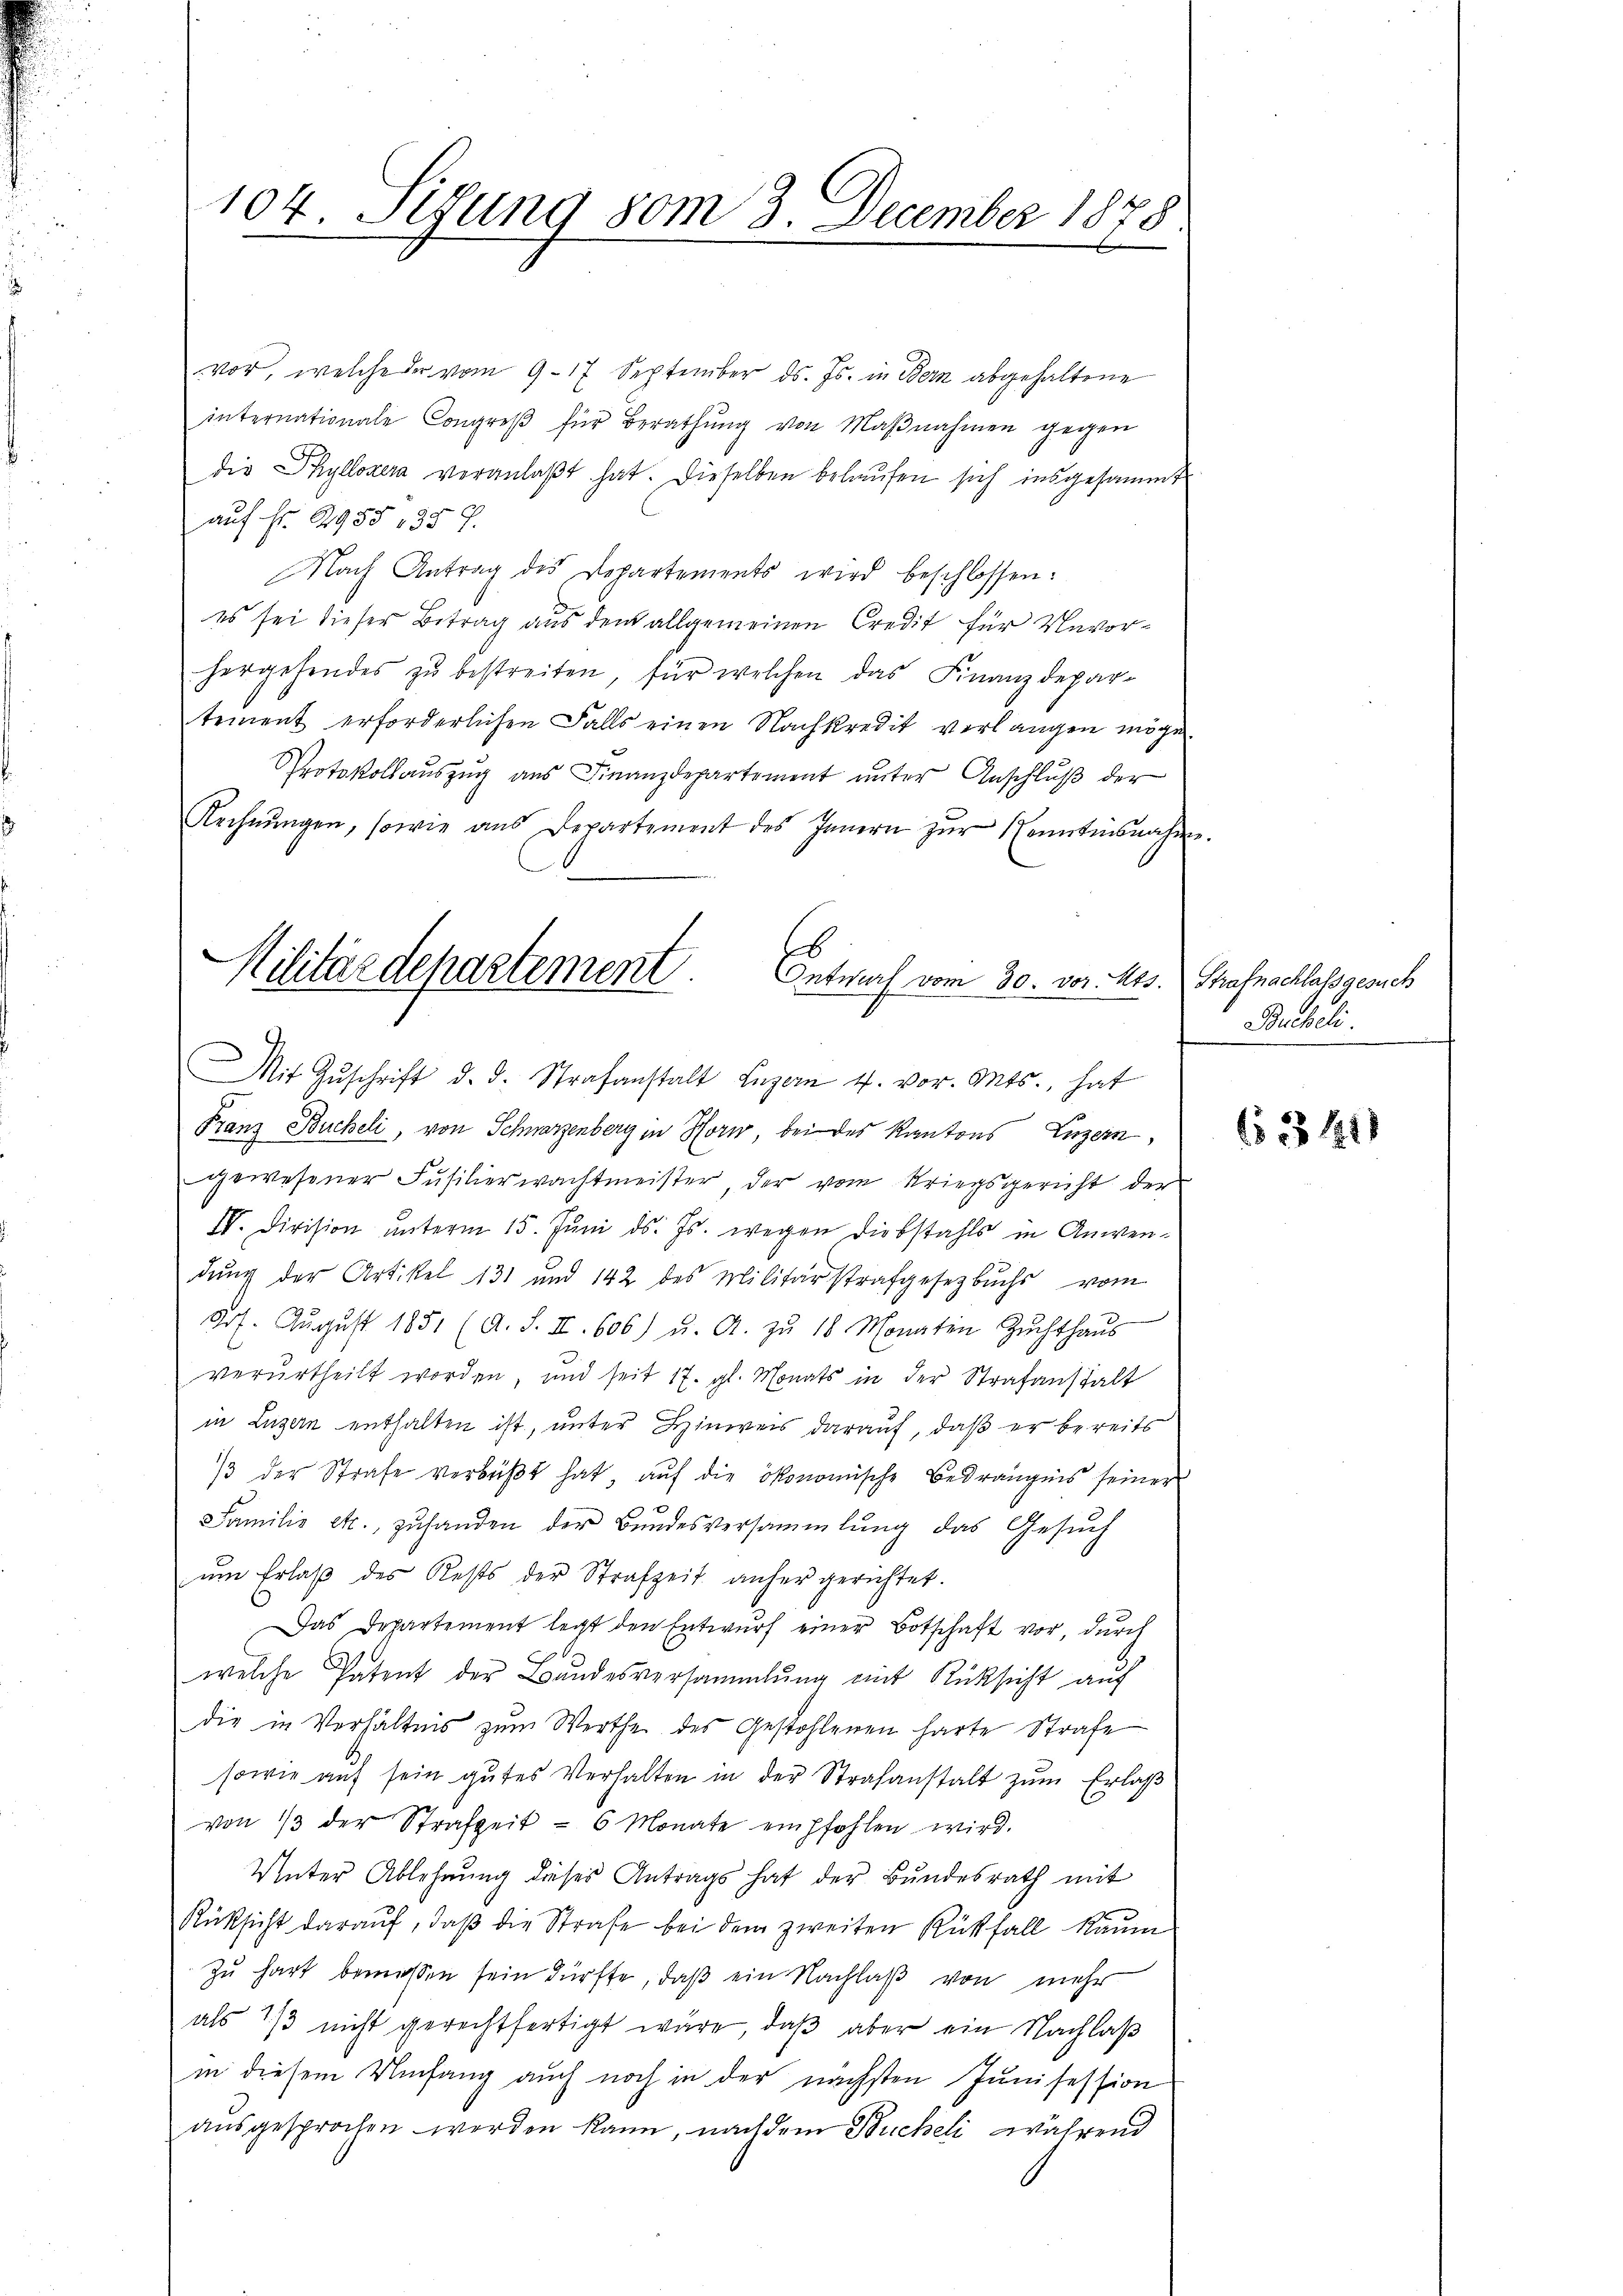
104. Setzung vom 3. December 1878.

vor, welche der vom 9. 17 September ds. Js. in Bern abgehaltene
internationale Congreβ für Berathŭng von Maβnahmen gegen
die Syllozer veranlaßt hat. Dieselben belaufen sich insgesammt
auf Fr. 2955 1 35 f.
Nach Antrag des Departements wird beschlossen:
es sei dieser Betrag aus dem allgemeinen Credit für Unvorhergehendes zŭ bestreiten, für welchen das Finanzdepar-
tement erforderlichen Falls einen Nachkredit verlangen möge.
Protokollauszug aus Finanzdepartement unter Anschluß der
Rechnŭngen, sowie ans Departement des Innern zŭr Kenntnisnahm
Franz Bucheli, von Schwarzenberg in Horw, bei des Kantons Luzern,
gewesener Füsilierwachtmeister, der vom Kriegsgericht der
IV. Division ŭnterm 15. Jŭni d. Js. wegen Diebstahls in Anwendŭng der Artikel 131 und 142 des Militärstrafgesetzbuchs vom
dr. Aŭgŭst 1851 (A. S. II. 606) u. A. zŭ 18 Monaten Zŭchthaŭs
verurtheilt worden, und seit 17. gl. Monats in der Strafanstalt
in Luzern enthalten ist, unter Hinweis darauf, daß er bereits
/3 der Strafe verbüβt hat, aŭf die ökonomische Bedrängnis seiner
Familie etc. zŭ handen der Bundesversammlung das Gesŭch
ŭm Erlaβ des Rests der Strafzeit anher gerichtet.
Das Departement legt den Entwurf einer Botschaft vor, durch
welche Patent der Bandesversammlung mit Rücksicht auf
die in Verhältnis zŭm Werthe des Gestohlenen harte Strafe
sowie aŭf sein gŭtes Verhalten in der Strafanstalt zŭm Erlaß
von 13 der Strafzeit - 6 Monate empfohlen wird.
Unter Ablehnŭng dieses Antrags hat der Bŭndesrath mit
Rüksicht darauf, daß die Strafe bei dem zweiten Rückfall kaum
zŭ hart bemessen sein dürfte, daβ ein Nachlaβ von mehr
als 1/3 nicht gerechtfertigt wäre, daβ aber ein Nachlaß
in diesem Umfang auch noch in der nächsten Junisession
aŭsgesprochen werden kann, nach dem Bucheli während

Militärdepartement.
Entwurf vom 30. vor. Mts. Strafnachlassgesuch
Mit Zŭschrift d. d. Strafanstalt Luzern 4. vor. Mts., hat

Bucheli

M. E.

(1341)